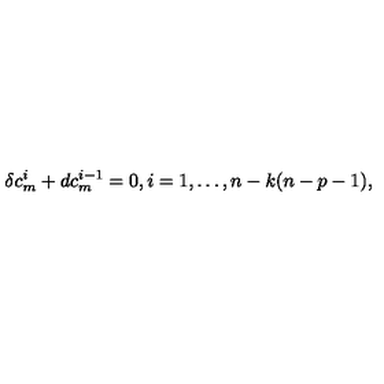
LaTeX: \delta c _ { m } ^ { i } + d c _ { m } ^ { i - 1 } = 0 , i = 1 , \dots , n - k ( n - p - 1 ) ,